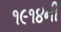
૧૯૧૪ની